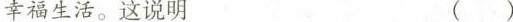
幸福生活。这说明 ()